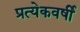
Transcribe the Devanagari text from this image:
प्रत्येकवर्षी